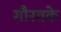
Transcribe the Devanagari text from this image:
गौरवके